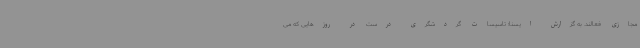
مجازی فعالند. به گزارش ایسنا؛ تاسیسات گردشگری درست در روزهایی که می